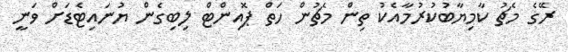
ރޭގެ މެޗު ކާމިޔާބުކުރުމާއެކު ތިން މެޗުން ހަތް ޕޮއިންޓް ލިބިގެން ޔުނައިޓެޑަށް ވަނީ